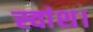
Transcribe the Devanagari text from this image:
स्वांश।